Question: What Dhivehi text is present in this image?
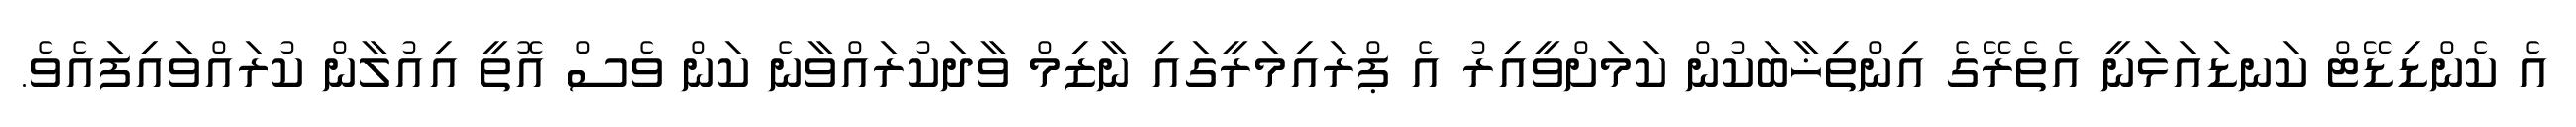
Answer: އެ ކެންޑިޑޭޓް ކަނޑައަޅަނީ އެތެރޭގެ އިންތިޚާބަކުން ކަމަށްވީއިރު އެ ޕްރައިމަރީގައި ނާޒިމް ވާދަކުރައްވާނެ ކަން ވެސް އޮތީ އިއުލާން ކުރައްވައިފައެވެ.